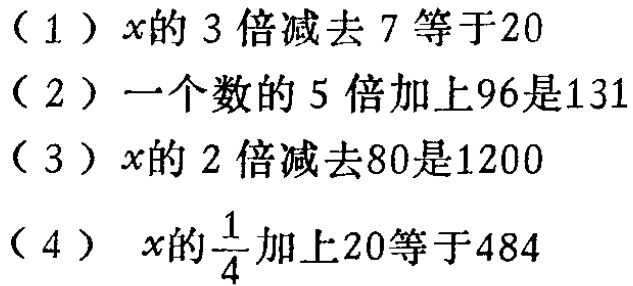
（1）\(3x - 7 = 20\)

（2）设这个数为\(x\)，\(5x + 96 = 131\)

（3）\(2x - 80 = 1200\)

（4）\(\frac{1}{4}x + 20 = 484\)